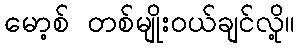
မော့စ် တစ်မျိုးဝယ်ချင်လို့။